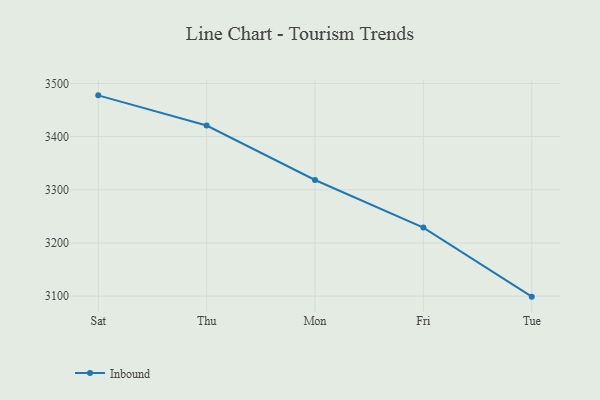
{"axis": {"x": "Day", "y": "Inventory Turnover"}, "legend": ["Inbound"], "data": [{"x": "Sat", "y": 3477.6, "type": "Inbound"}, {"x": "Thu", "y": 3420.9, "type": "Inbound"}, {"x": "Mon", "y": 3318.4, "type": "Inbound"}, {"x": "Fri", "y": 3228.9, "type": "Inbound"}, {"x": "Tue", "y": 3099.0, "type": "Inbound"}]}